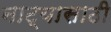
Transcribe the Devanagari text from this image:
नाट्यासाठी